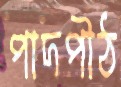
পাদপীঠ